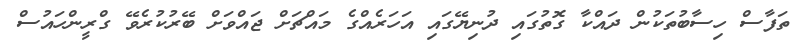
ތަފާސް ހިސާބުތަކުން ދައްކާ ގޮތުގައި ދުނިޔޭގައި އަހަރެއްގެ މައްޗަށް ޖައްވަށް ބޭރުކުރެވޭ ގްރީންހައުސް